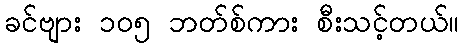
ခင်ဗျား ၁၀၅ ဘတ်စ်ကား စီးသင့်တယ်။